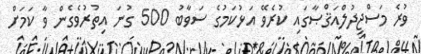
ވުރެ މަސްޖިދުލްއަޤްޞާގައި ކުރެވޭ އަޅުކަމުގެ ސަވާބު 500 ގުނަ އިތުރުވެގެން ވާ ކަމަށް